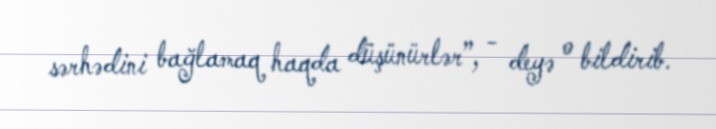
sərhədini bağlamaq haqda düşünürlər”, - deyə o bildirib.